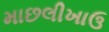
માછલીખાઉ